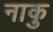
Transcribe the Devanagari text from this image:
नाकु